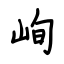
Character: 峋